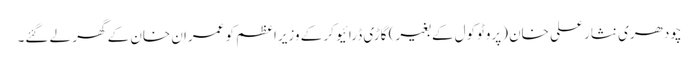
چودھری نثار علی خان (پروٹوکول کے بغیر) گاڑی ڈرائیو کر کے وزیرِاعظم کو عمران خان کے گھر لے گئے۔